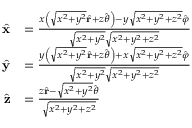
{ \begin{array} { r l } { { \hat { \mathbf { x } } } } & { = { \frac { x \left( { \sqrt { x ^ { 2 } + y ^ { 2 } } } { \hat { \mathbf { r } } } + z { \hat { \boldsymbol { \theta } } } \right) - y { \sqrt { x ^ { 2 } + y ^ { 2 } + z ^ { 2 } } } { \hat { \boldsymbol { \varphi } } } } { { \sqrt { x ^ { 2 } + y ^ { 2 } } } { \sqrt { x ^ { 2 } + y ^ { 2 } + z ^ { 2 } } } } } } \\ { { \hat { \mathbf { y } } } } & { = { \frac { y \left( { \sqrt { x ^ { 2 } + y ^ { 2 } } } { \hat { \mathbf { r } } } + z { \hat { \boldsymbol { \theta } } } \right) + x { \sqrt { x ^ { 2 } + y ^ { 2 } + z ^ { 2 } } } { \hat { \boldsymbol { \varphi } } } } { { \sqrt { x ^ { 2 } + y ^ { 2 } } } { \sqrt { x ^ { 2 } + y ^ { 2 } + z ^ { 2 } } } } } } \\ { { \hat { \mathbf { z } } } } & { = { \frac { z { \hat { \mathbf { r } } } - { \sqrt { x ^ { 2 } + y ^ { 2 } } } { \hat { \boldsymbol { \theta } } } } { \sqrt { x ^ { 2 } + y ^ { 2 } + z ^ { 2 } } } } } \end{array} }